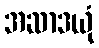
အဆာဒယုံ